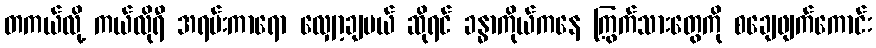
တကယ်လို့ ကယ်လိုရီ အရမ်းကာရော လျှော့ချမယ် ဆိုရင် ခန္ဓာကိုယ်ကနေ ကြွက်သားတွေကို စချေဖျက်ကောင်း